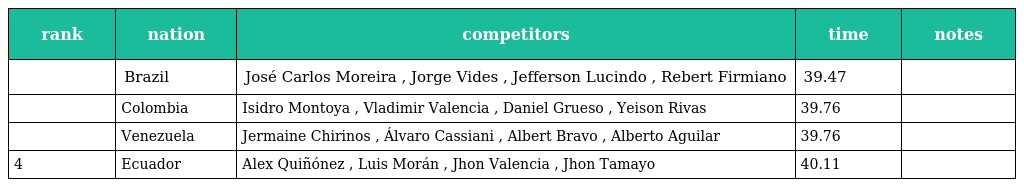
| rank | nation | competitors | time | notes |
 | --- | --- | --- | --- | --- |
 |  | Brazil | José Carlos Moreira , Jorge Vides , Jefferson Lucindo , Rebert Firmiano | 39.47 |  |
 |  | Colombia | Isidro Montoya , Vladimir Valencia , Daniel Grueso , Yeison Rivas | 39.76 |  |
 |  | Venezuela | Jermaine Chirinos , Álvaro Cassiani , Albert Bravo , Alberto Aguilar | 39.76 |  |
 | 4 | Ecuador | Alex Quiñónez , Luis Morán , Jhon Valencia , Jhon Tamayo | 40.11 |  |